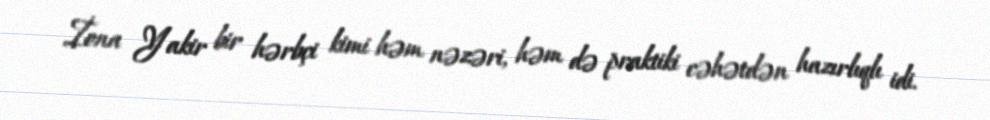
İona Yakir bir hərbçi kimi həm nəzəri, həm də praktiki cəhətdən hazırlıqlı idi.